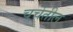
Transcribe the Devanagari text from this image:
चर्चेतील